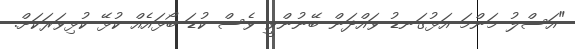
"އަސްލު މަންމަ އަޅުގަނޑު ވައްދަން ބޭނުންވީ ވެސް ކުޑަ ބޯޅައެއް ކުޅޭ ކުޅިވަރަކަށް.